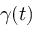
\gamma ( t )